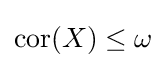
\operatorname {cor} (X)\leq \omega